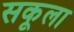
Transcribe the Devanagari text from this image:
सकूला